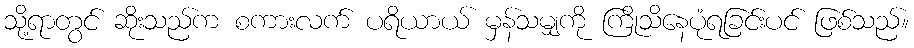
သို့ရာတွင် ဆိုးသည်က စကားလက် ပရိယာယ် မှန်သမျှကို ကြိုသိနေပုံရခြင်းပင် ဖြစ်သည်။